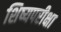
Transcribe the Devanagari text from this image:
शिष्यपरीक्षा